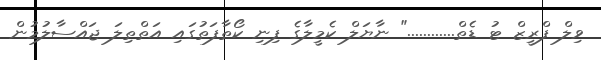
ވިލް ފްރީޒް ޓު ޑެތް............" ނާޔަލް ކެމީލާގެ ފިނި ކޯތާފަތުގައި އަތްތިލަ ޖައްސާލުމުން